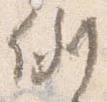
例